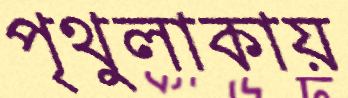
পৃথুলাকায়